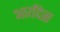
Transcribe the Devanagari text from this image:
आर्यंदेस